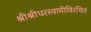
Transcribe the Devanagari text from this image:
श्रीश्रीधरस्वामीविरचितं